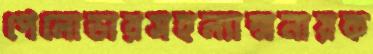
পেলোডারসহল্যান্সনায়ক